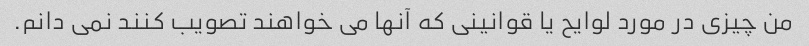
من چیزی در مورد لوایح یا قوانینی که آنها می خواهند تصویب کنند نمی دانم.